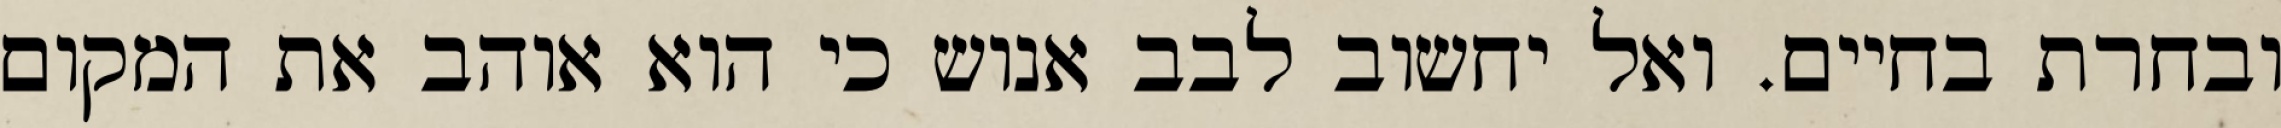
ובחרת בחיים. ואל יחשוב לבב אנוש כי הוא אוהב את המקום